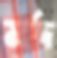
মর্দ্দ